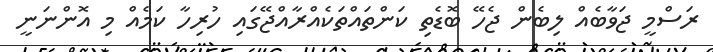
ރަސްމީ ޖަވާބެއް ލިބެން ޖެހޭ ބޮޑެތި ކަންތައްތަކެއްރާއްޖޭގައި ހުރިހާ ކަމެއް މި އޮންނަނީ